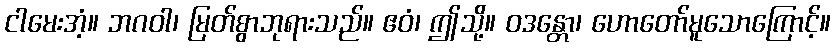
ငါမေးအံ့။ ဘဂဝါ၊ မြတ်စွာဘုရားသည်။ ဧဝံ၊ ဤသို့။ ဝဒန္တော၊ ဟောတော်မူသောကြောင့်။